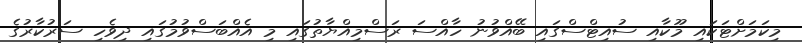
މިކަމަށްޓަކައި މޫކާއި ސުއިޓްސްގައި ބޭއްވުނު ހާއްސަ ރަސްމިއްޔާތުގައި މި އެއްބަސްވުމުގައި ދިވެހި ސަރުކާރުގެ